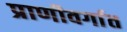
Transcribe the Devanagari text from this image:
प्राणीवर्गात